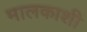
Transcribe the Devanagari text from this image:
मालकाशी